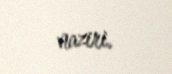
naziri.